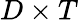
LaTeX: D\times T